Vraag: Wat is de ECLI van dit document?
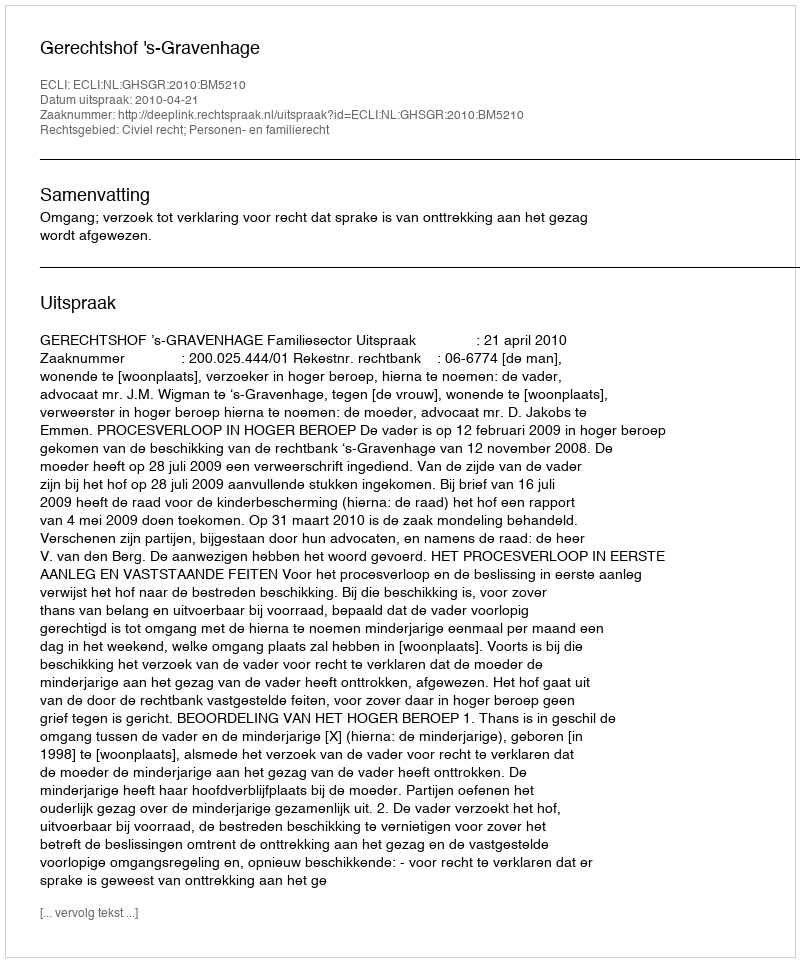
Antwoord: ECLI:NL:GHSGR:2010:BM5210